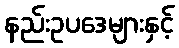
နည်းဥပဒေများနှင့်